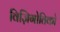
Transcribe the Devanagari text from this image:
विज़िगोतिको